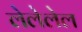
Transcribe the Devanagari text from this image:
लेलेलेल